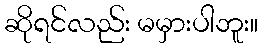
ဆိုရင်လည်း မမှားပါဘူး။